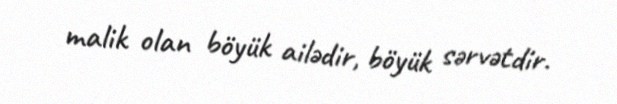
malik olan böyük ailədir, böyük sərvətdir.